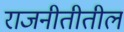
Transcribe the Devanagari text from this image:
राजनीतीतील